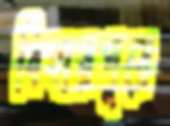
বিহারপুরে